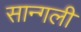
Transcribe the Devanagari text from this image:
सान्गली